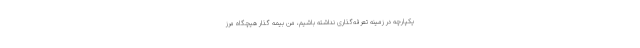
یکپارچه در زمینه تعرفه‌گذاری نداشته باشیم، من بیمه گذار هیچگاه مرزِ